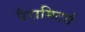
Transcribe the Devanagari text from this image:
पैरामिटर्स